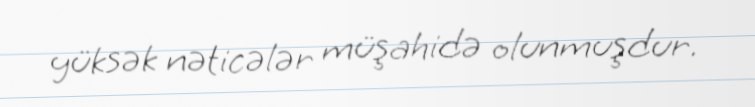
yüksək nəticələr müşahidə olunmuşdur.